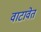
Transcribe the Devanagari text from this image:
वाटावेत